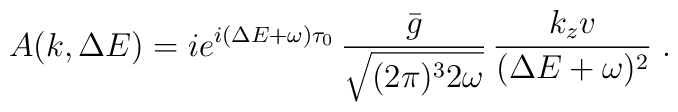
A(k,\Delta E)=ie^{i(\Delta E +\omega)\tau_0} \, \frac{\bar{g}}{\sqrt{(2\pi)^3 2\omega}} \, \frac{k_z v}{(\Delta E +\omega)^2}\; .